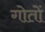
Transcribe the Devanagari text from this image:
गोतों